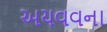
અયવવના